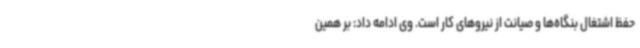
حفظ اشتغال بنگاه‌ها و صیانت از نیروهای کار است. وی ادامه داد: بر همین